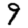
Digit: 9